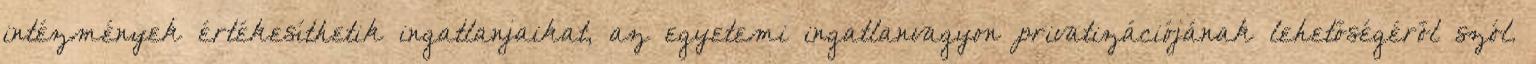
intézmények értékesíthetik ingatlanjaikat, az egyetemi ingatlanvagyon privatizációjának lehetőségéről szól.